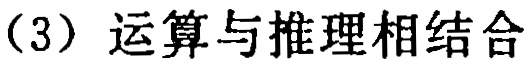
（3）运算与推理相结合